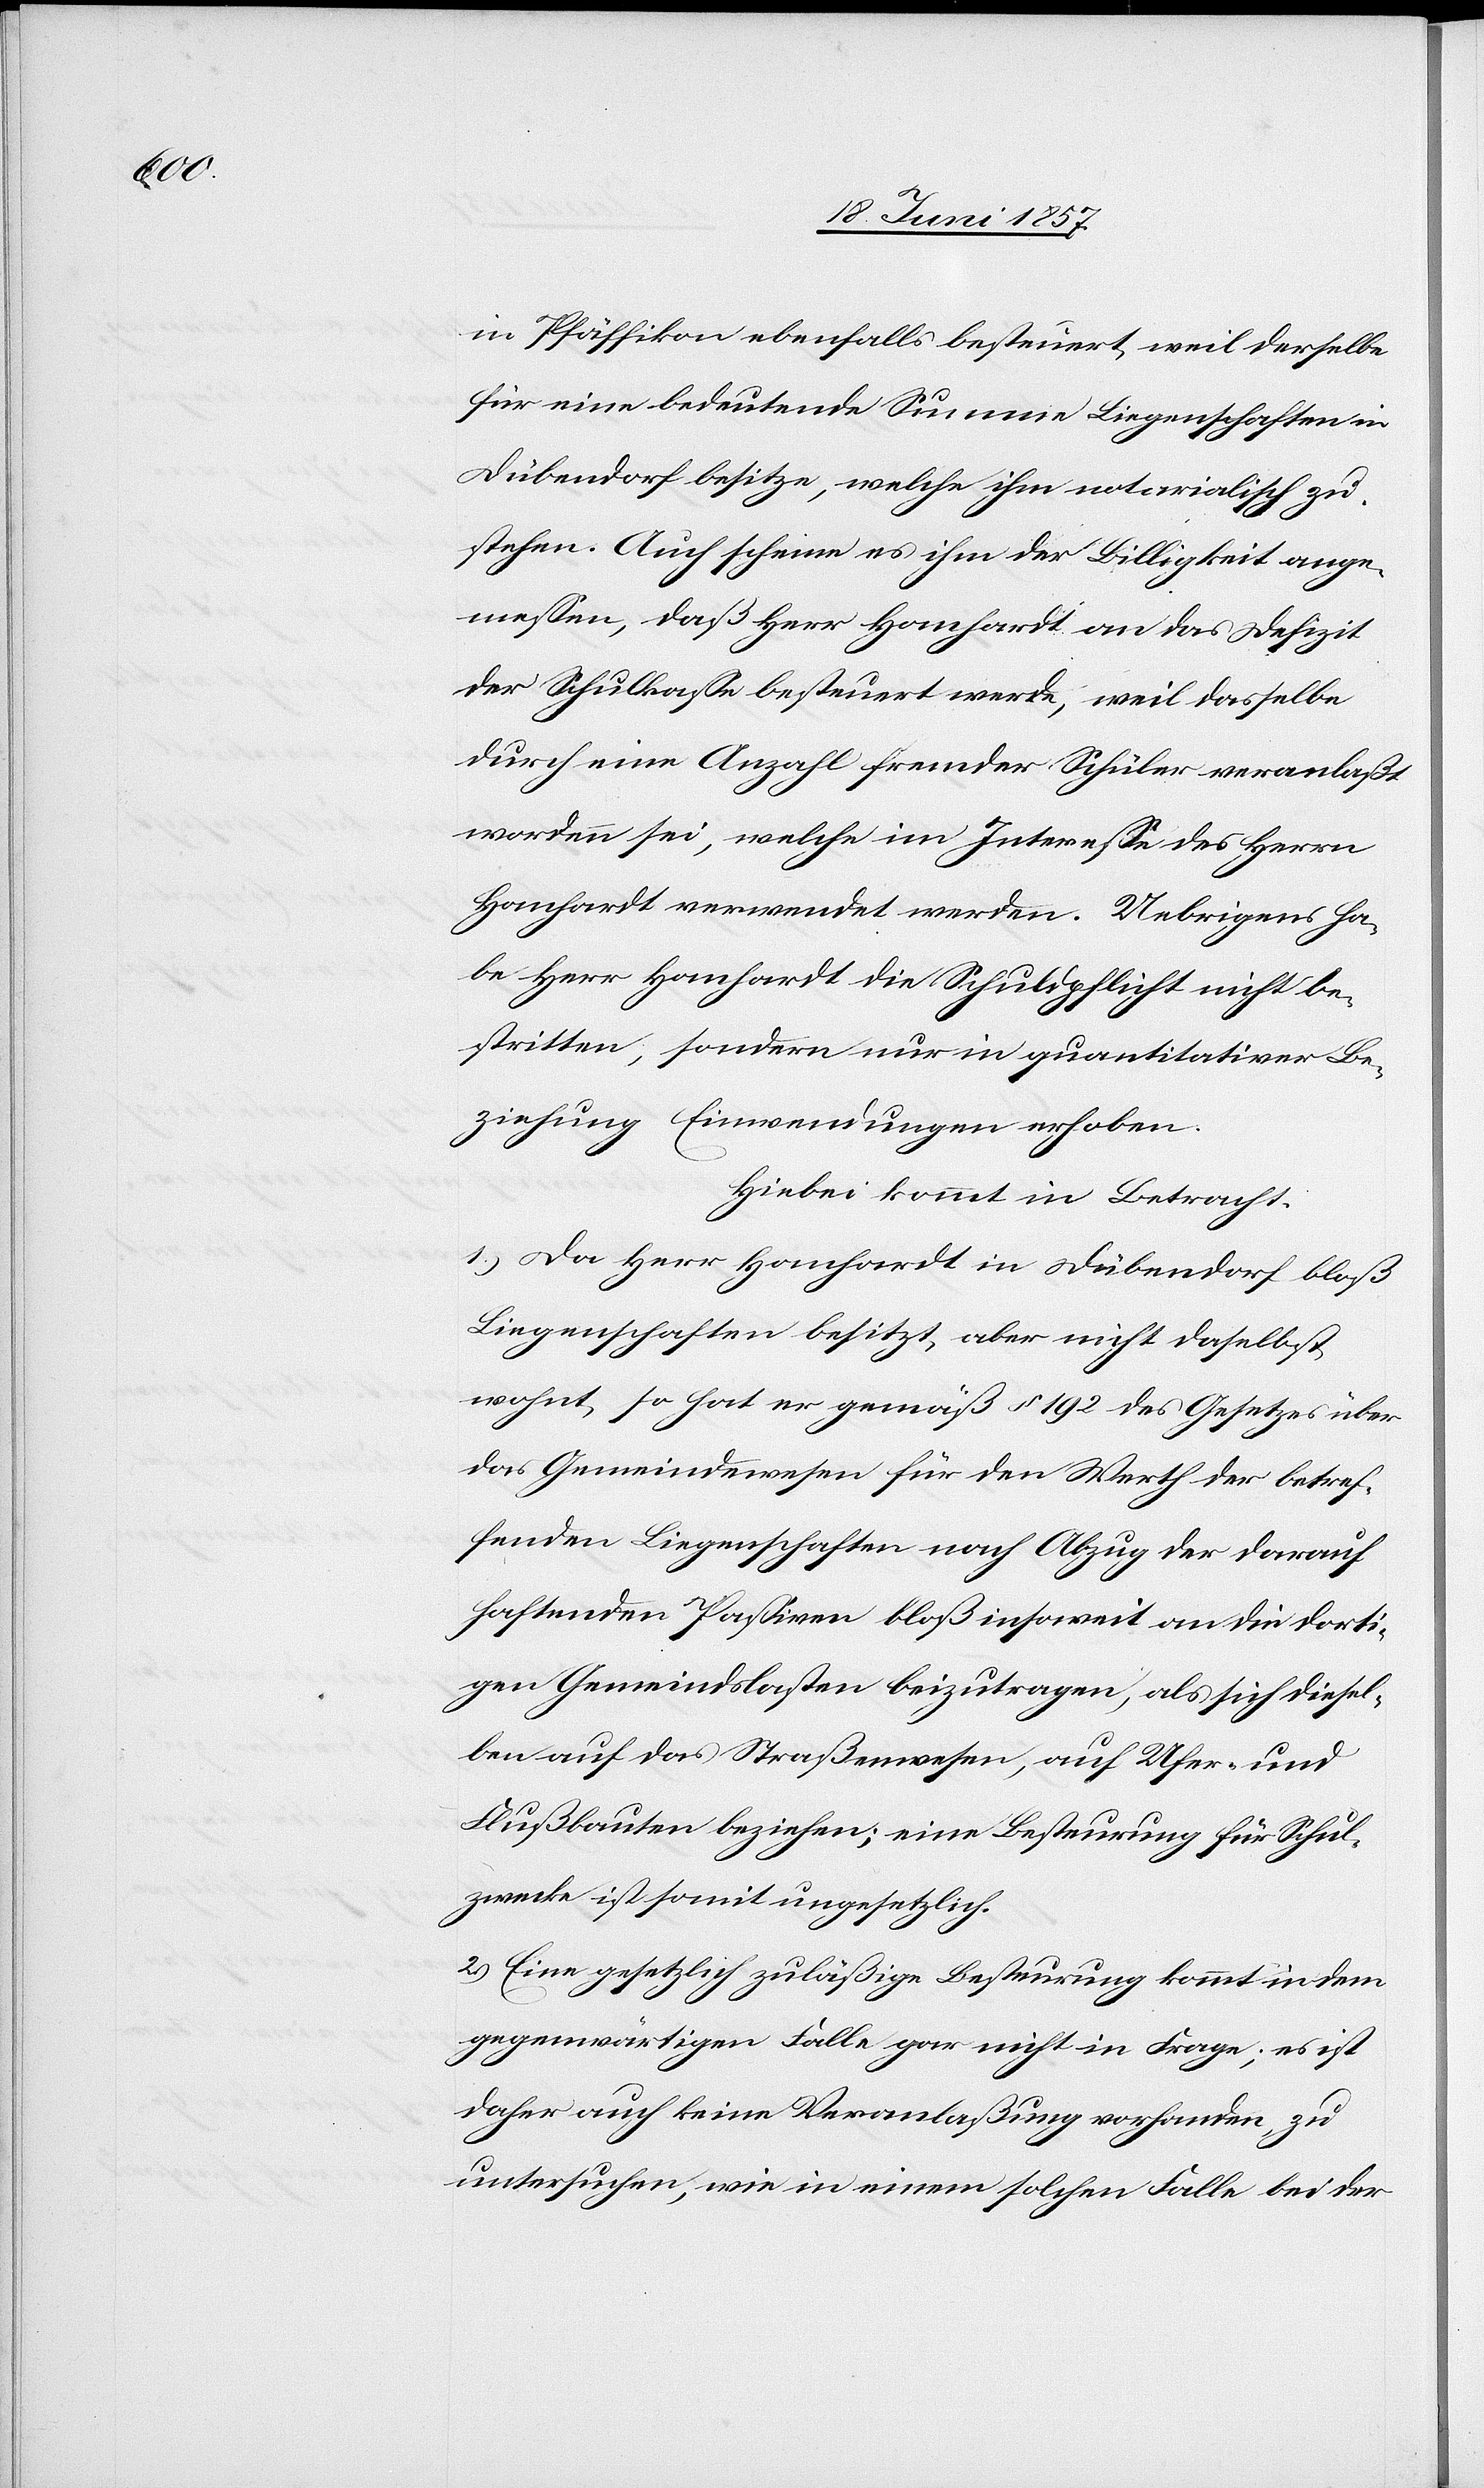
ange¬

in Pfäffikon ebenfalls besteuert, weil derselbe
für eine bedeutende Summe Liegenschaften in
Dübendorf besitze, welche ihm notarialisch. Auch
messen, daß Herr Hanhardt an das Defizit
der Schulklasse besteuert werde, weil dasselbe
durch eine Anzahl fremder Schüler veranlaßt
worden sei, welche im Interesse des Herrn
Hanhardt verwendet werden. Uebrigens ha¬
be Herr Hanhardt die Schuldpflichtigkeit nicht be¬
stritten, sondern nur in quantitativer Be¬
ziehung Einwendungen erhoben.
Hiebei kommt in Betracht:
1.) Da Herr Hanhardt in Dübendorf bloß
Liegenschaften besitzt, aber nicht daselbst
wohnt, so hat er gemäß § 192 des Gesetzes über
das Gemeindewesen für den Werth der betref¬
fenden Liegenschaften nach Abzug der darauf
haftenden Passiven bloß insoweit an die dorti¬
gen Gemeindslasten beizutragen, als sich diesel¬
ben auf das Straßenwesen, auf Ufer- und
Flußbauten beziehen, eine Besteurung für Schul¬
zwecke ist soweit ungesetzlich.
2.) Eine gesetzlich zuläßige Besteurung kommt in dem
gegenwärtigen Falle gar nicht in Frage; es ist
daher auch keine Veranlaßung vorhanden, zu
untersuchen, wie in einem solchen Falle bei der